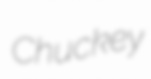
Chuckey